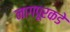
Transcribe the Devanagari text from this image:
नागपूरकडे